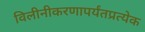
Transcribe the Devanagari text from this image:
विलीनीकरणापर्यंतप्रत्येक